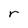
Character: r